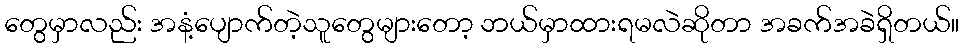
တွေမှာလည်း အနံ့ပျောက်တဲ့သူတွေများတော့ ဘယ်မှာထားရမလဲဆိုတာ အခက်အခဲရှိတယ်။